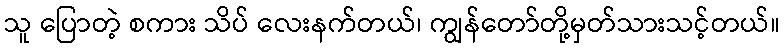
သူ ပြောတဲ့ စကား သိပ် လေးနက်တယ်၊ ကျွန်တော်တို့မှတ်သားသင့်တယ်။